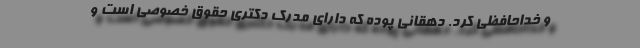
و خداحافظی کرد. دهقانی پوده که دارای مدرک دکتری حقوق خصوصی است و